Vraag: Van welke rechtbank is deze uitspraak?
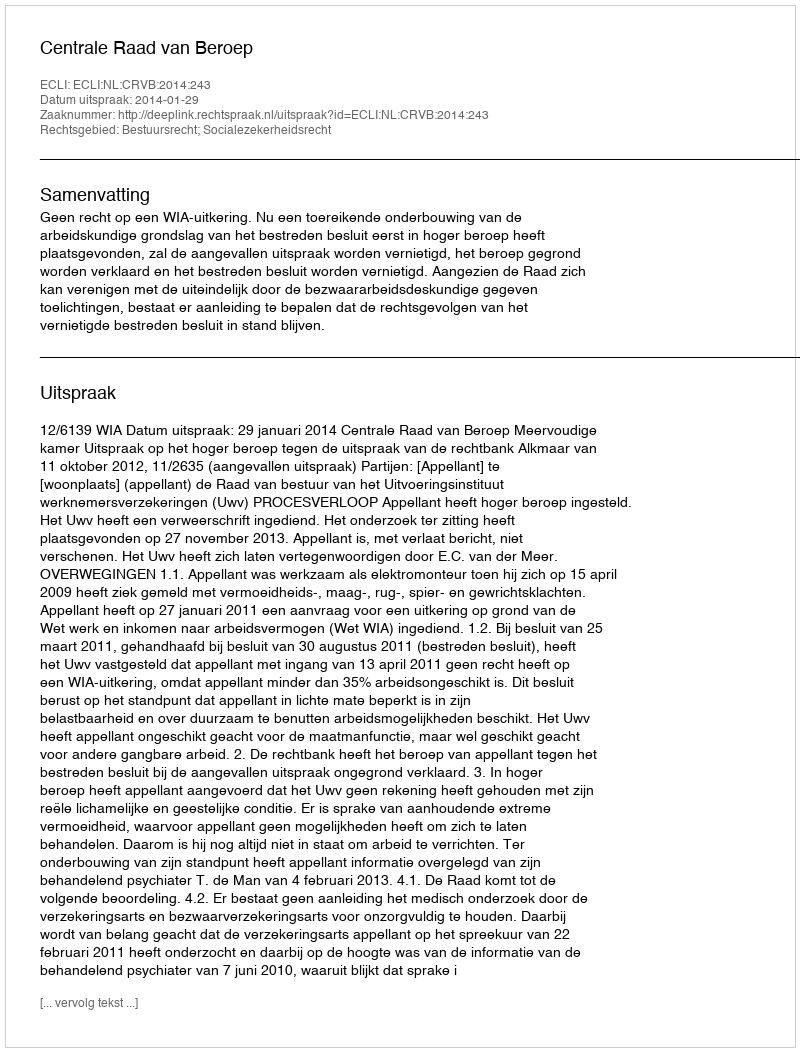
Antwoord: Centrale Raad van Beroep